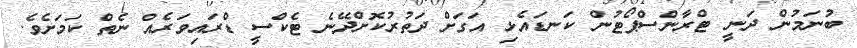
ބުނަމުން ދަނީ ޓްރާންސްޕޯޓުން ކަނޑައެޅި އަގަށް ދަތުރުކޮށްދޭނެ ޓެކްސީ ޑްރައިވަރެއް ނެތް ކަމަށެވެ.